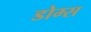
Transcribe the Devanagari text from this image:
डोम्स